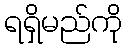
ရရှိမည်ကို